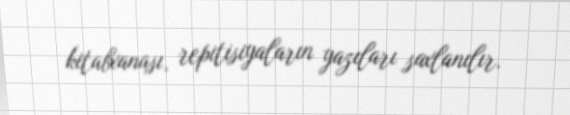
kitabxanası, repitisiyaların yazıları saxlanılır.